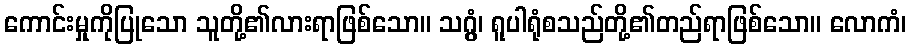
ကောင်းမှုကိုပြုသော သူတို့၏လားရာဖြစ်သော။ သဂ္ဂွံ၊ ရူပါရုံစသည်တို့၏တည်ရာဖြစ်သော။ လောကံ၊